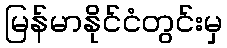
မြန်မာနိုင်ငံတွင်းမှ